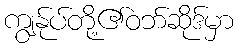
ကျွန်ုပ်တို့၏ဝဘ်ဆိုဒ်မှာ